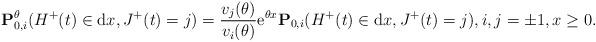
LaTeX: \begin{align*}\mathbf{P}_{0,i}^{\theta}(H^+(t) \in {\rm d}x, J^+(t)= j) = \frac{v_j(\theta)}{v_i(\theta)}{\rm e}^{\theta x}\mathbf{P}_{0,i}(H^+(t) \in {\rm d}x, J^+(t)= j), i,j=\pm1, x\geq 0.\end{align*}